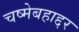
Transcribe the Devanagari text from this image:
चष्मेबहाद्दर